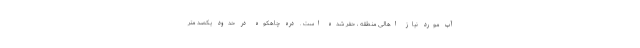
آب مورد نیاز اهالی منطقه ، حفر شده است . دره چاهکوه در حدود یکصد متر